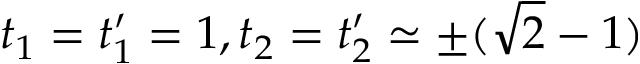
t _ { 1 } = t _ { 1 } ^ { \prime } = 1 , t _ { 2 } = t _ { 2 } ^ { \prime } \simeq \pm ( \sqrt { 2 } - 1 )